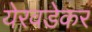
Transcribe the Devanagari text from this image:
येरवडेकर